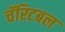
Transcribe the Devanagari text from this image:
चॅरिटबल